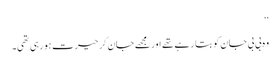
‘‘
وہ بی بی جان کو بتا رہے تھے اور مجھے جان کر حیرت ہو رہی تھی۔